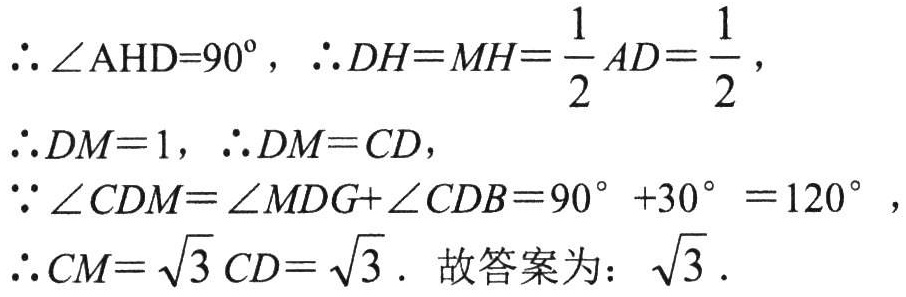
\(\therefore\angle AHD = 90^{\circ},\therefore DH = MH=\frac{1}{2}AD=\frac{1}{2}\),
\(\therefore DM = 1,\therefore DM = CD\),
\(\because\angle CDM=\angle MDG+\angle CDB = 90^{\circ}+30^{\circ}=120^{\circ}\),
\(\therefore CM=\sqrt{3}CD=\sqrt{3}\). 故答案为：\(\sqrt{3}\).